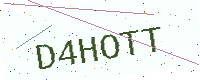
Text: D4HOTT